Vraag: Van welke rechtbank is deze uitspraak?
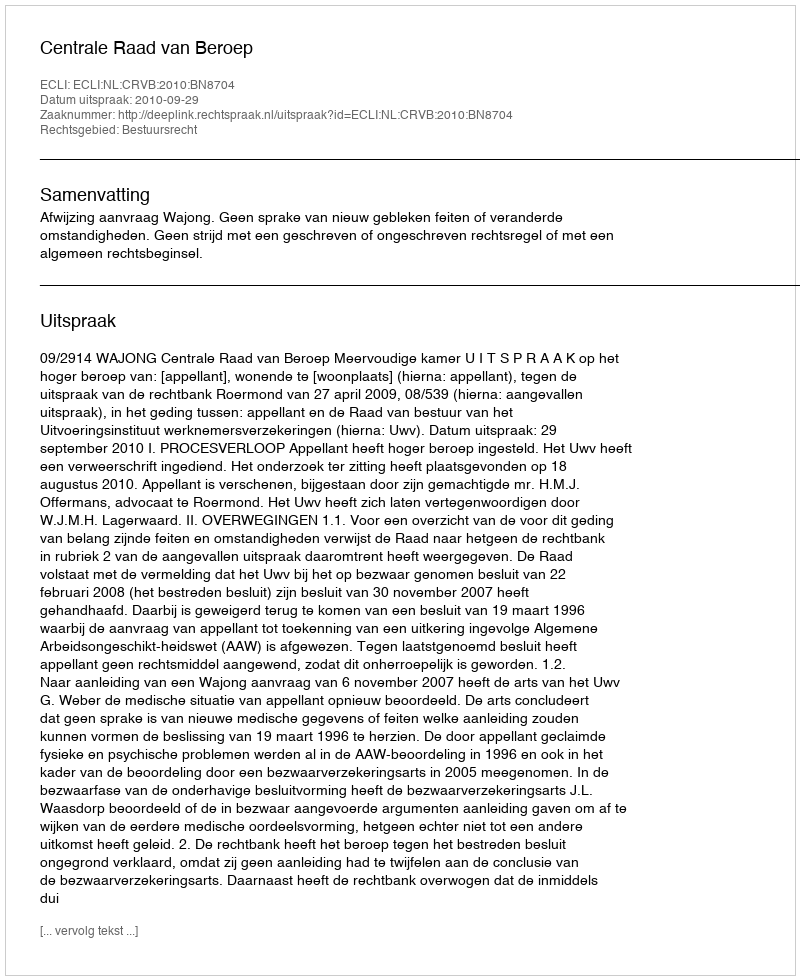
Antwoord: Centrale Raad van Beroep